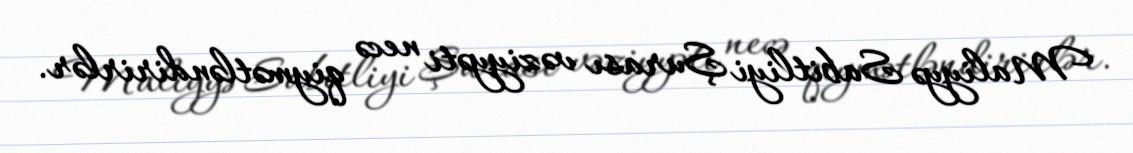
Maliyyə Sabitliyi Şurası vəziyyəti necə qiymətləndirirlər.